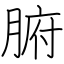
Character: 腑